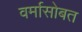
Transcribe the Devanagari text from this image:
वर्मासोबत